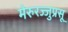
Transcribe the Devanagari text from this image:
मेरुरज्जुप्रसू